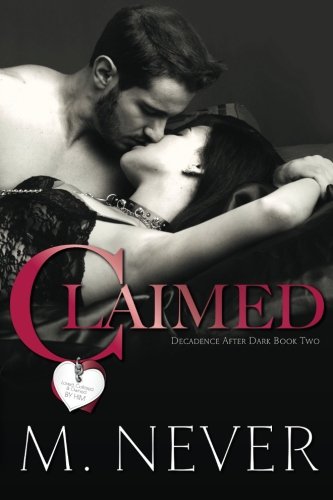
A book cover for Claimed (Decadence after Dark Book 2); M. Never; Romance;